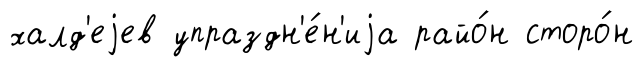
халд'еjев упраздн'е́н'иjа райо́н сторо́н